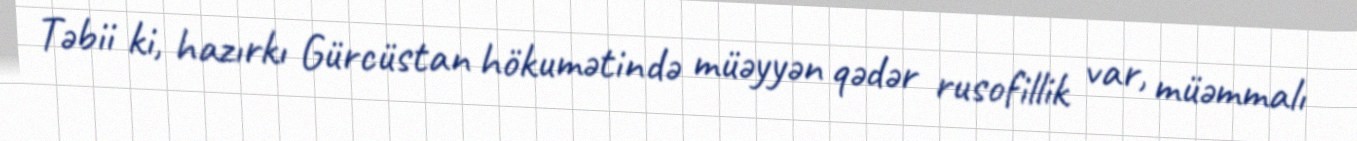
Təbii ki, hazırkı Gürcüstan hökumətində müəyyən qədər rusofillik var, müəmmalı